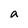
Character: a